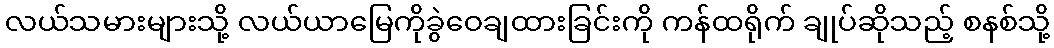
လယ်သမားများသို့ လယ်ယာမြေကိုခွဲဝေချထားခြင်းကို ကန်ထရိုက် ချုပ်ဆိုသည့် စနစ်သို့